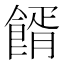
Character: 𩝔